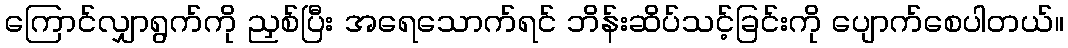
ကြောင်လျှာရွက်ကို ညှစ်ပြီး အရေသောက်ရင် ဘိန်းဆိပ်သင့်ခြင်းကို ပျောက်စေပါတယ်။